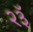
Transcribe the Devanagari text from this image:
२३ॅ